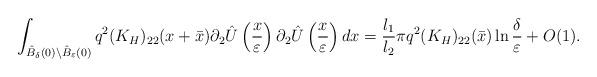
LaTeX: \begin{align*}\int_{\hat{B}_{\delta}(0)\setminus\hat{B}_{\varepsilon}(0)}q^2(K_{H})_{22}(x+\bar{x})\partial_2 \hat{U}\left( \frac{x}{\varepsilon}\right) \partial_2\hat{U}\left( \frac{x}{\varepsilon}\right) dx=\frac{l_1}{l_2}\pi q^2(K_{H})_{22}(\bar{x})\ln\frac{\delta}{\varepsilon}+O(1).\end{align*}